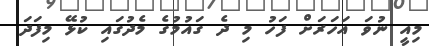
މިއީ ނުވަ އަހަރަށް ފަހު މި ދެ ގައުމުގެ މެދުގައި ކުޅޭ މިފަދަ